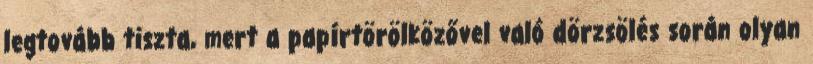
legtovább tiszta, mert a papírtörölközővel való dörzsölés során olyan